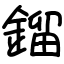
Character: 鎦